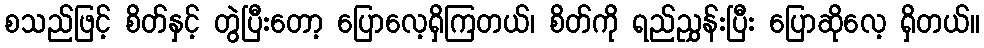
စသည်ဖြင့် စိတ်နှင့် တွဲပြီးတော့ ပြောလေ့ရှိကြတယ်၊ စိတ်ကို ရည်ညွှန်းပြီး ပြောဆိုလေ့ ရှိတယ်။